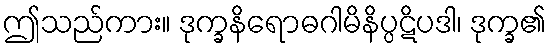
ဤသည်ကား။ ဒုက္ခနိရောဓဂါမိနိပ္ပဋိပဒါ၊ ဒုက္ခ၏